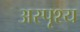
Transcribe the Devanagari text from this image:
अस्‍पृश्य